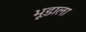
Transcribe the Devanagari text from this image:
भूडाला